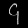
Digit: ၄